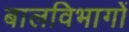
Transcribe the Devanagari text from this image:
बालविभागों